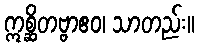
ဣစ္ဆိတဗ္ဗာဧဝ၊ သာတည်း။